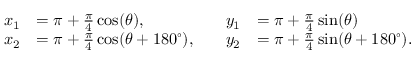
\begin{array} { r l r l } { x _ { 1 } } & { = \pi + \frac { \pi } { 4 } \cos ( \theta ) , } & { \quad y _ { 1 } } & { = \pi + \frac { \pi } { 4 } \sin ( \theta ) } \\ { x _ { 2 } } & { = \pi + \frac { \pi } { 4 } \cos ( \theta + 1 8 0 ^ { \circ } ) , } & { \quad y _ { 2 } } & { = \pi + \frac { \pi } { 4 } \sin ( \theta + 1 8 0 ^ { \circ } ) . } \end{array}